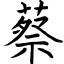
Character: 蔡